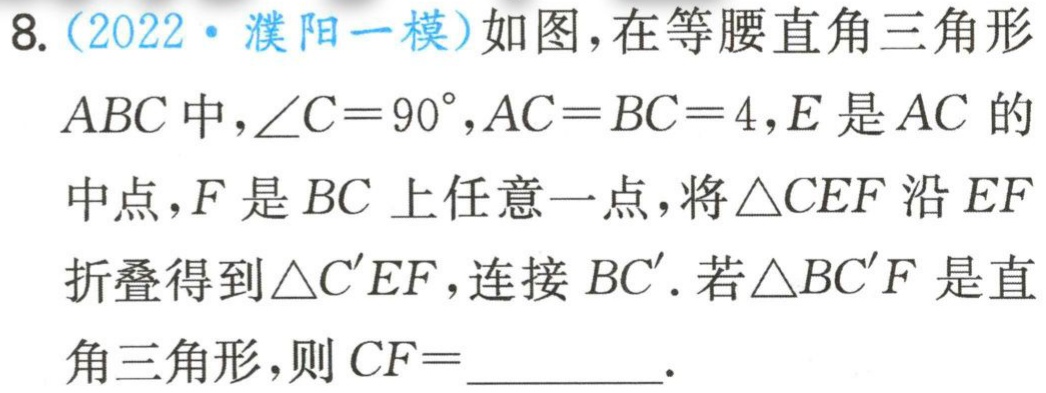
8.（2022·濮阳一模）如图，在等腰直角三角形$ABC$中，$\angle C = 90^{\circ},AC = BC = 4$，$E$是$AC$的中点，$F$是$BC$上任意一点，将$\triangle CEF$沿$EF$折叠得到$\triangle C'EF$，连接$BC'$. 若$\triangle BC'F$是直角三角形，则$CF =$_________.